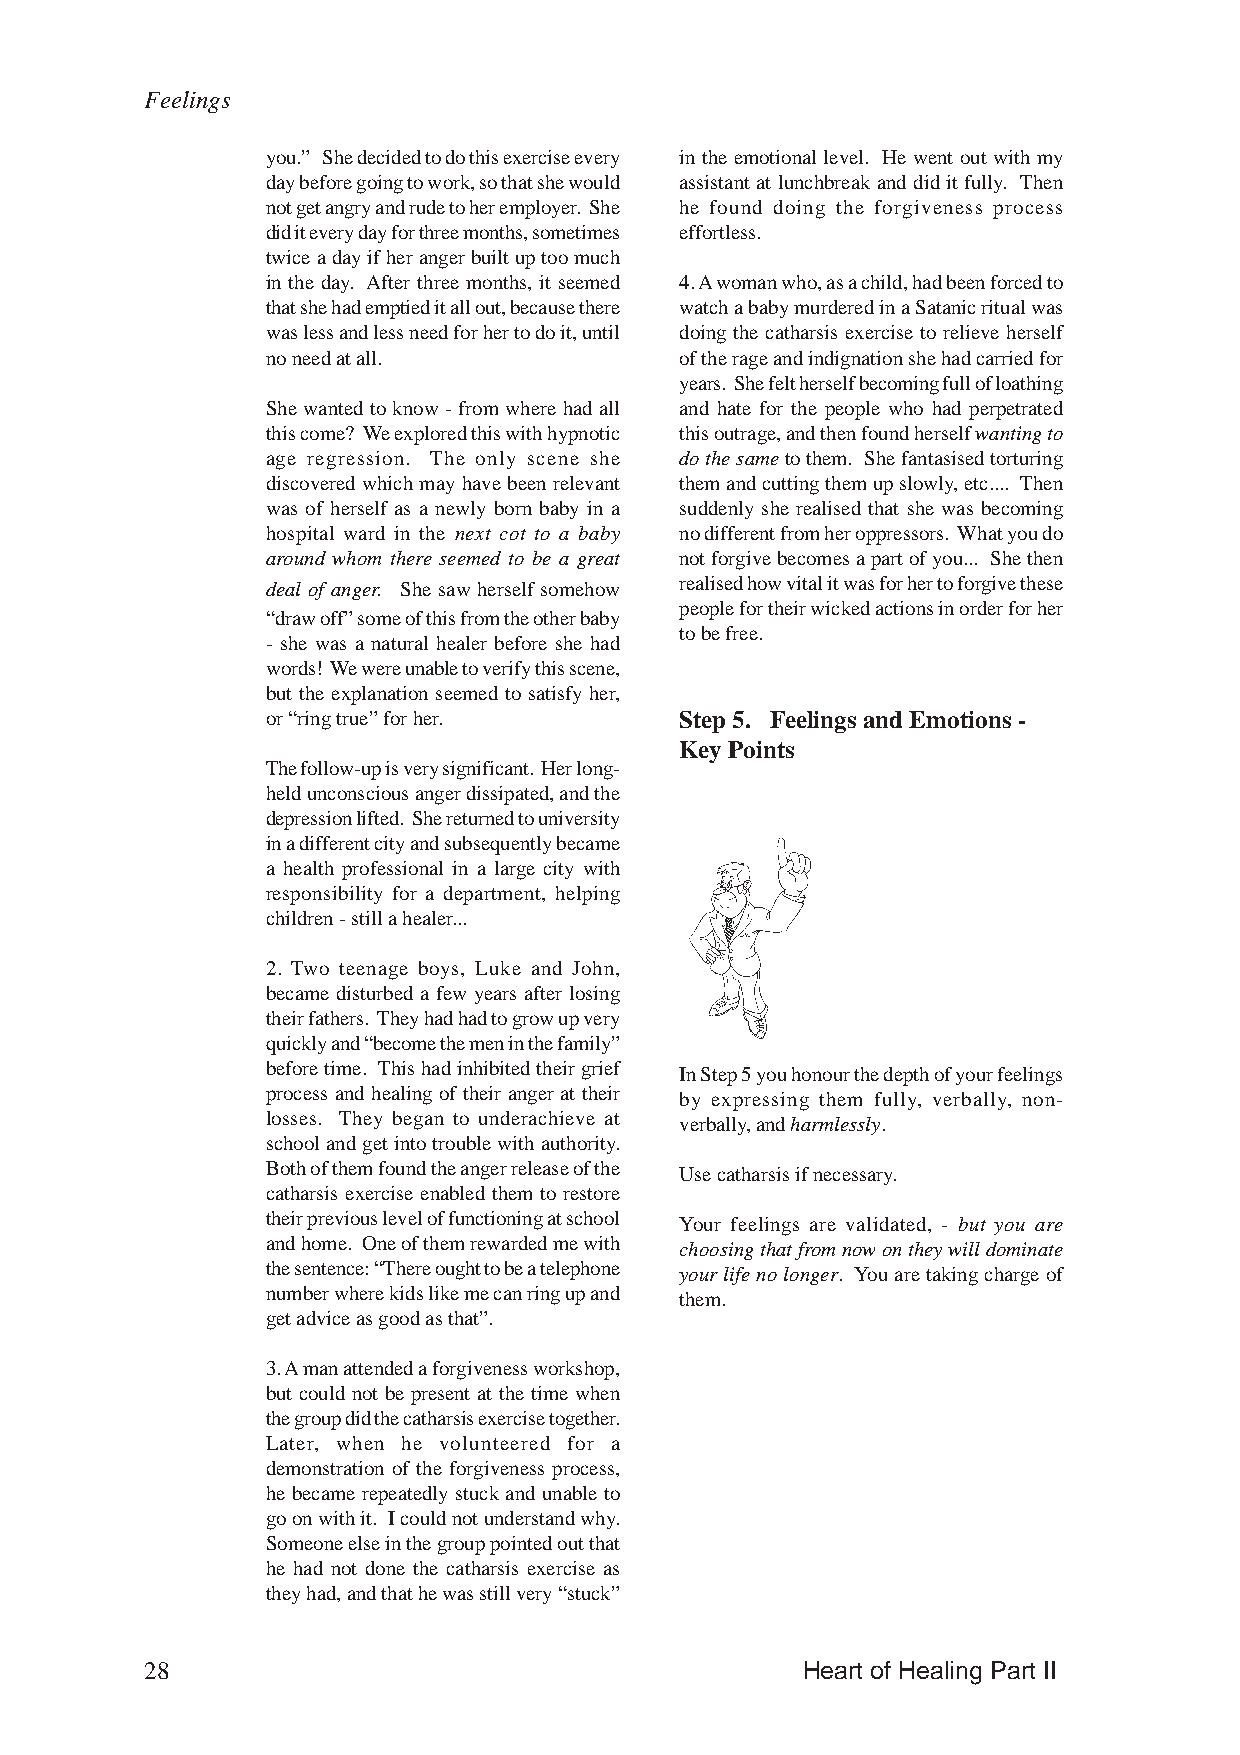
Feelings
 you.” She decided to do this exercise every in the emotional level. He went out with my
 day before going to work, so that she would assistant at lunchbreak and did it fully. Then
 not get angry and rude to her employer. She he found doing the forgiveness process
 did it every day for three months, sometimes effortless.
 twice a day if her anger built up too much
 in the day. After three months, it seemed 4. A woman who, as a child, had been forced to
 that she had emptied it all out, because there watch a baby murdered in a Satanic ritual was
 was less and less need for her to do it, until doing the catharsis exercise to relieve herself
 no need at all.            of the rage and indignation she had carried for
 years. She felt herself becoming full of loathing
 She wanted to know - from where had all and hate for the people who had perpetrated
 this come? We explored this with hypnotic this outrage, and then found herself wanting to
 age regression. The only scene she do the same to them. She fantasised torturing
 discovered which may have been relevant them and cutting them up slowly, etc.... Then
 was of herself as a newly born baby in a suddenly she realised that she was becoming
 hospital ward in the next cot to a baby no different from her oppressors. What you do
 around whom there seemed to be a great not forgive becomes a part of you... She then
 realised how vital it was for her to forgive these
 deal of anger. She saw herself somehow
 people for their wicked actions in order for her
 “draw off” some of this from the other baby
 to be free.
 - she was a natural healer before she had
 words! We were unable to verify this scene,
 but the explanation seemed to satisfy her,
 or “ring true” for her.    Step 5. Feelings and Emotions -
 Key Points
 The follow-up is very significant. Her long-
 held unconscious anger dissipated, and the
 depression lifted. She returned to university
 in a different city and subsequently became
 a health professional in a large city with
 responsibility for a department, helping
 children - still a healer...
 2. Two teenage boys, Luke and John,
 became disturbed a few years after losing
 their fathers. They had had to grow up very
 quickly and “become the men in the family”
 before time. This had inhibited their grief In Step 5 you honour the depth of your feelings
 process and healing of their anger at their by expressing them fully, verbally, non-
 losses. They began to underachieve at verbally, and harmlessly.
 school and get into trouble with authority.
 Both of them found the anger release of the Use catharsis if necessary.
 catharsis exercise enabled them to restore
 their previous level of functioning at school Your feelings are validated, - but you are
 and home. One of them rewarded me with choosing that from now on they will dominate
 the sentence: “There ought to be a telephone your life no longer. You are taking charge of
 number where kids like me can ring up and them.
 get advice as good as that”.
 3. A man attended a forgiveness workshop,
 but could not be present at the time when
 the group did the catharsis exercise together.
 Later, when he volunteered for a
 demonstration of the forgiveness process,
 he became repeatedly stuck and unable to
 go on with it. I could not understand why.
 Someone else in the group pointed out that
 he had not done the catharsis exercise as
 they had, and that he was still very “stuck”
 28                                         Heart of Healing Part II